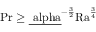
\mathrm { { P r } \geq \underline { { \ a l p h a } } ^ { - \frac { 3 } { 2 } } \mathrm { { R a } } ^ { \frac { 3 } { 4 } } }